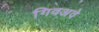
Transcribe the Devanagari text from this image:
गिवअवे